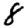
Digit: 8